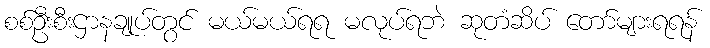
စစ်ဦးစီးဌာနချုပ်တွင် မယ်မယ်ရရ မလုပ်ရဘဲ ဆုတံဆိပ် တော်များရရန်